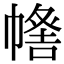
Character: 𢄰